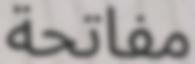
مفاتحة